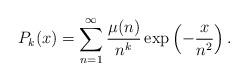
LaTeX: \begin{align*}P_{k}(x)= \sum_{n=1}^{\infty} \frac{\mu(n)}{n^k} \exp\left({-\frac{x}{n^2}}\right).\end{align*}